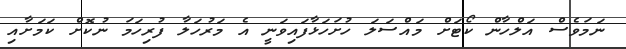
ނަމަވެސް އަލްހާން ކޯޓަށް މައްސަލަ ހުށަހަޅާފައިވަނީ އެ މަރުހަލާ ފުރިހަމަ ނުކޮށް ކަމަށާއި